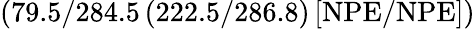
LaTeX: \mathrm{(79.5/284.5\, (222.5/286.8)\, [NPE/NPE])}